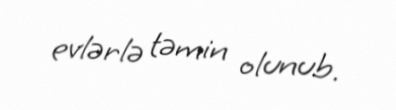
evlərlə təmin olunub.